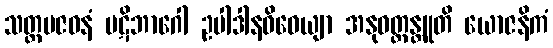
သတ္တမဇဝနံ ပဋိဘာဂေါ ဥပါဒါနဝိဓေယျာ အနုဝတ္တန္တူတိ ယောဇနိကံ